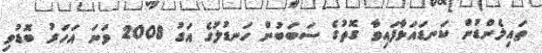
ތައިލެންޑުން ކަނޑައަޅާފައިވާ ގޮތުގެ ސަބަބުން ހަނޑުލުގެ އަގު 2008 ވަނަ އަހަރު ބޮޑުވި